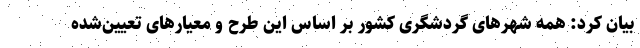
بیان کرد: همه شهرهای گردشگری کشور بر اساس این طرح و معیارهای تعیین‌شده